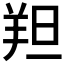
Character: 𫅑